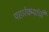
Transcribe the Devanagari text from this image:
पहारेकर्‍यांची